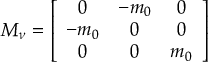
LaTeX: { \cal M } _ { \nu } = \left[ \begin{array} { c c c } { { 0 } } & { { - m _ { 0 } } } & { { 0 } } \\ { { - m _ { 0 } } } & { { 0 } } & { { 0 } } \\ { { 0 } } & { { 0 } } & { { m _ { 0 } } } \end{array} \right]